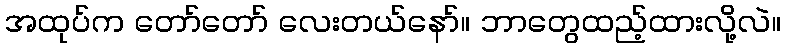
အထုပ်က တော်တော် လေးတယ်နော်။ ဘာတွေထည့်ထားလို့လဲ။